Indian journal of veterinary science and animal husbandry - Volumes 18-21, 1948-1951
Year: 1948
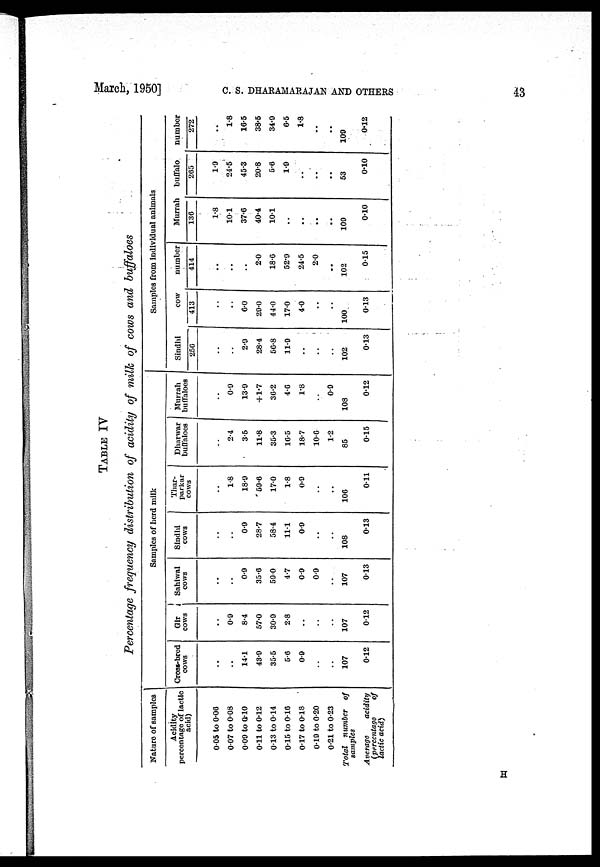
March, 1950]
C.
S.
DHARAMARAJAN
AND
OTHERS
43
TABLE IV
Percentage frequency distribution of acidity of milk of cows and buffaloes
Nature of samples
Acidity
percentage of lactic
acid)
0.05 to 0.06
0.07 to 0.08
0.09 to 0.10
0.11 to 0.12
0.13 to 0.14
0.15 to 0.16
0.17 to 0.18
0.19 to 0.20
0.21 to 0.23
Total number of
samples
Average
acidity
(percentage
of
lactic acid)
Samples of herd milk
Cross.bred
cows
..
..
14.1
43.9
35.5
5.6
0.9
..
..
107
0.12
Gir
cows
..
0.9
8.4
57.0
30.9
2.8
..
..
..
107
0.12
Sahiwal
cows
..
..
0.9
35.6
59.0
4.7
0.9
0.9
..
107
0.13
Sindhi
cows
..
..
0.9
28.7
58.4
11.1
0.9
..
..
108
0.13
Thar-
parkar
cows
..
1.8
18.9
59.6
17.0
1.8
0.9
..
..
106
0.11
Dharwar
buffaloes
..
2.4
3.5
11.8
35.3
16.5
18.7
10.6
1.2
85
0.15
Murrah
buffaloes
..
0.9
13.9
+1.7
36.2
4.6
1.8
..
0.9
108
0.12
Samples from individual animals
Sindhi
256
..
..
2.9
28.4
56.8
11.9
..
..
..
102
0.13
cow
413
..
..
6.0
29.0
44.0
17.0
4.0
..
..
100
0.13
number
414
..
..
..
2.0
18.6
52.9
24.5
2.0
..
102
0.15
Murrah
136
1.8
10.1
37.6
40.4
10.1
..
..
..
..
109
0.10
buffalo
265
1.9
24.5
45.3
20.8
5.6
1.9
..
..
..
53
0.10
number
272
..
1.8
16.5
38.5
34.9
6.5
1.8
..
..
109
0.12
H